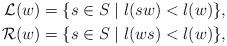
LaTeX: \begin{align*}\mathcal{L}(w) &= \{s \in S \mid l(sw) < l(w)\},\\\mathcal{R}(w) & = \{s \in S \mid l(ws) < l(w)\},\end{align*}